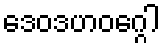
ဒေဝဒဟဝဂ္ဂေါ